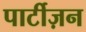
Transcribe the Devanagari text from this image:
पार्टीज़न